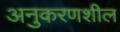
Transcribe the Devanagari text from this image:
अनुकरणशील